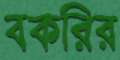
বকরির